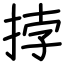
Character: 挬